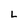
Character: L